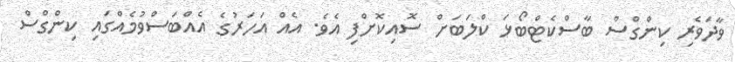
ވާދަވެރި ކިންގްސް ބާސްކެޓްބޯޅަ ކްލަބަށް ސޮއިކޮށްފި އެވެ. އެއް އަހަރުގެ އެއްބަސްވުމެއްގައި ކިންގްސް